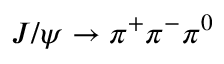
J / \psi \to \pi ^ { + } \pi ^ { - } \pi ^ { 0 }